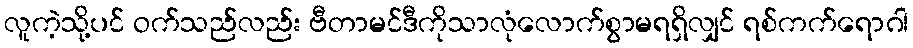
လူကဲ့သို့ပင် ဝက်သည်လည်း ဗီတာမင်ဒီကိုသာလုံလောက်စွာမရရှိလျှင် ရစ်ကက်ရောဂါ